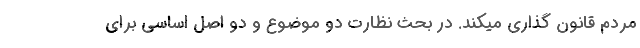
مردم قانون گذاری میکند. در بحث نظارت دو موضوع و دو اصل اساسی برای